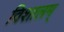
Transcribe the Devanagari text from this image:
विशालम्